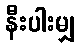
နီးပါးမျှ